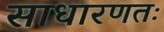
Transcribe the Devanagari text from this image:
साधारणतः